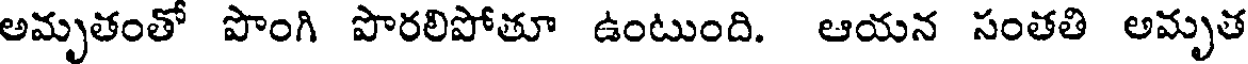
అమృతంతో పొంగి పొరలిపోతూ ఉంటుంది. ఆయన సంతతి అమృత